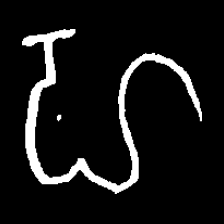
Pyu character \u2014 Myanmar letter: ဟ (romanized: ha)